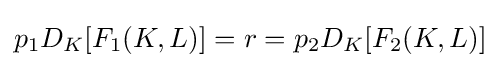
p_{1}D_{K}[F_{1}(K,L)]=r=p_{2}D_{K}[F_{2}(K,L)]